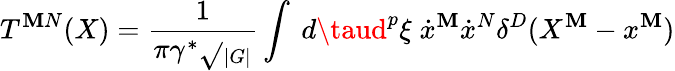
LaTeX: T^{\mathbf{M}N}(X)={\frac{{1}}{{\pi\gamma^{\ast}\sqrt{}{{_{|G|}}}}}}\int~d\taud^{p}\xi\; \dot{{x}}^{\mathbf{M}}\dot{{x}}^{N}\delta^{D}(X^{\mathbf{M}}-x^{\mathbf{M}})